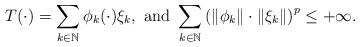
LaTeX: \begin{align*} T(\cdot) = \sum_{k\in\mathbb{N}} \phi_k(\cdot) \xi_k , \textrm{ and } \sum_{k\in\mathbb{N}} \left(\|\phi_k\| \cdot \| \xi_k \|\right)^p \le +\infty. \end{align*}